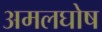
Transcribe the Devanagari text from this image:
अमलघोष